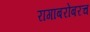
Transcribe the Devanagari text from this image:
रागांबरोबरच